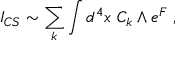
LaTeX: I _ { C S } \sim \sum _ { k } \int d ^ { 4 } x ~ C _ { k } \wedge e ^ { F } \; ,